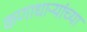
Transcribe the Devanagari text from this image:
कणाधाऱ्यांच्या